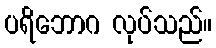
ပရိဘောဂ လုပ်သည်။